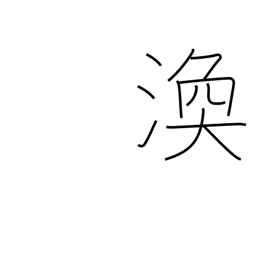
Meaning: scatter